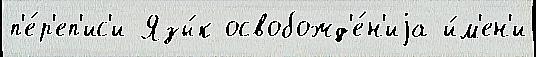
п'е́р'еп'ис'и Язы́к освобожд'е́н'иjа и́м'ен'и